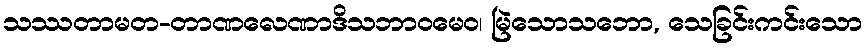
သဿတာမတ-တာဏလေဏာဒိသဘာဝမေဝ၊ မြဲသောသဘော, သေခြင်းကင်းသော